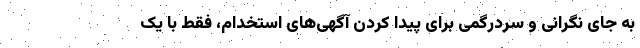
به جای نگرانی و سردرگمی برای پیدا کردن آگهی‌های استخدام، فقط با یک